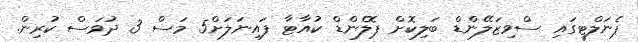
ޕެނަލްޓީގައި ސްވިޒަލޭންޑް ބަލިކޮށް ޕޮލެންޑް ކުއާޓާ ފައިނަލަށް5 މަސް 3 ދުވަސް ކުރިން.